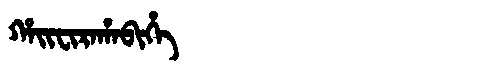
Manchu: ᡥᠠᡳᠸᡳᡵᠠᡥᠠᠪᡳᡥᡝ
Romanization: HAIFIRAHABIHE